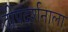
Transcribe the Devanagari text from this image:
दीपदर्शनाला